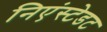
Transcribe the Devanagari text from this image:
निएंस्टेडट